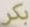
بكر